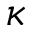
\kappa